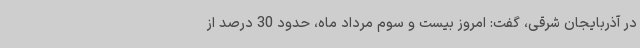
در آذربایجان شرقی، گفت: امروز بیست و سوم مرداد ماه، حدود 30 درصد از